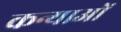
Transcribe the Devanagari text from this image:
कन्याओें